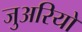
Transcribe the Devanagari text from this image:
जुअरियो